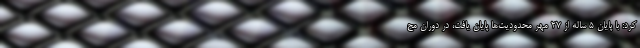
کرد: با پایان ۵ ساله از ۲۷ مهر محدودیت‌ها پایان یافت، در دوران مح